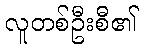
လူတစ်ဦးစီ၏